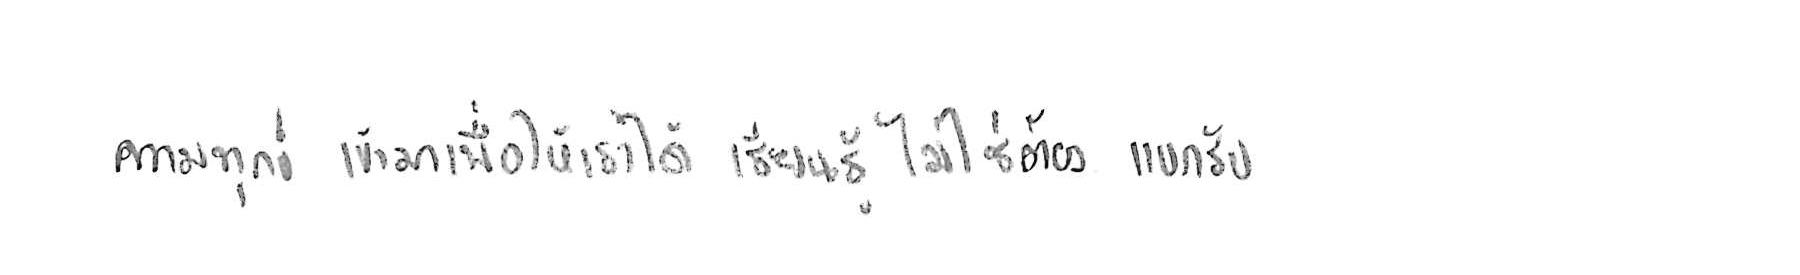
ความทุกข์ เข้ามาเพื่อให้เราได้ เรียนรู้ ไม่ใช่ต้อง แบกรับ